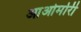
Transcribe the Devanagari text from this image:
आओमोरी